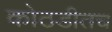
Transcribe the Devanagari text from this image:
कोठडीतच